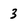
Character: 3